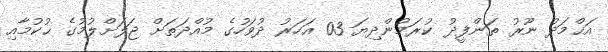
އަޙްމަދު ނޫރު ތަންފީޛު ކުރަމުންދިޔަ 03 އަހަރު ދުވަހުގެ މުއްދަތަށް ޖަލަށްލުމުގެ ޙުކުމާއި